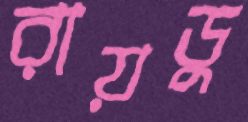
রায়ডু